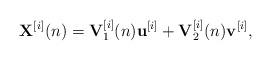
LaTeX: \begin{align*}{{\bf{X}}^{[i]}}(n) = {\bf{V}}_1^{[i]}(n){{\bf{u}}^{[i]}} + {\bf{V}}_2^{[i]}(n){{\bf{v}}^{[i]}},\end{align*}